Vaike-Kullamaa_(Vaikna)_vallavalitsus, lk 26
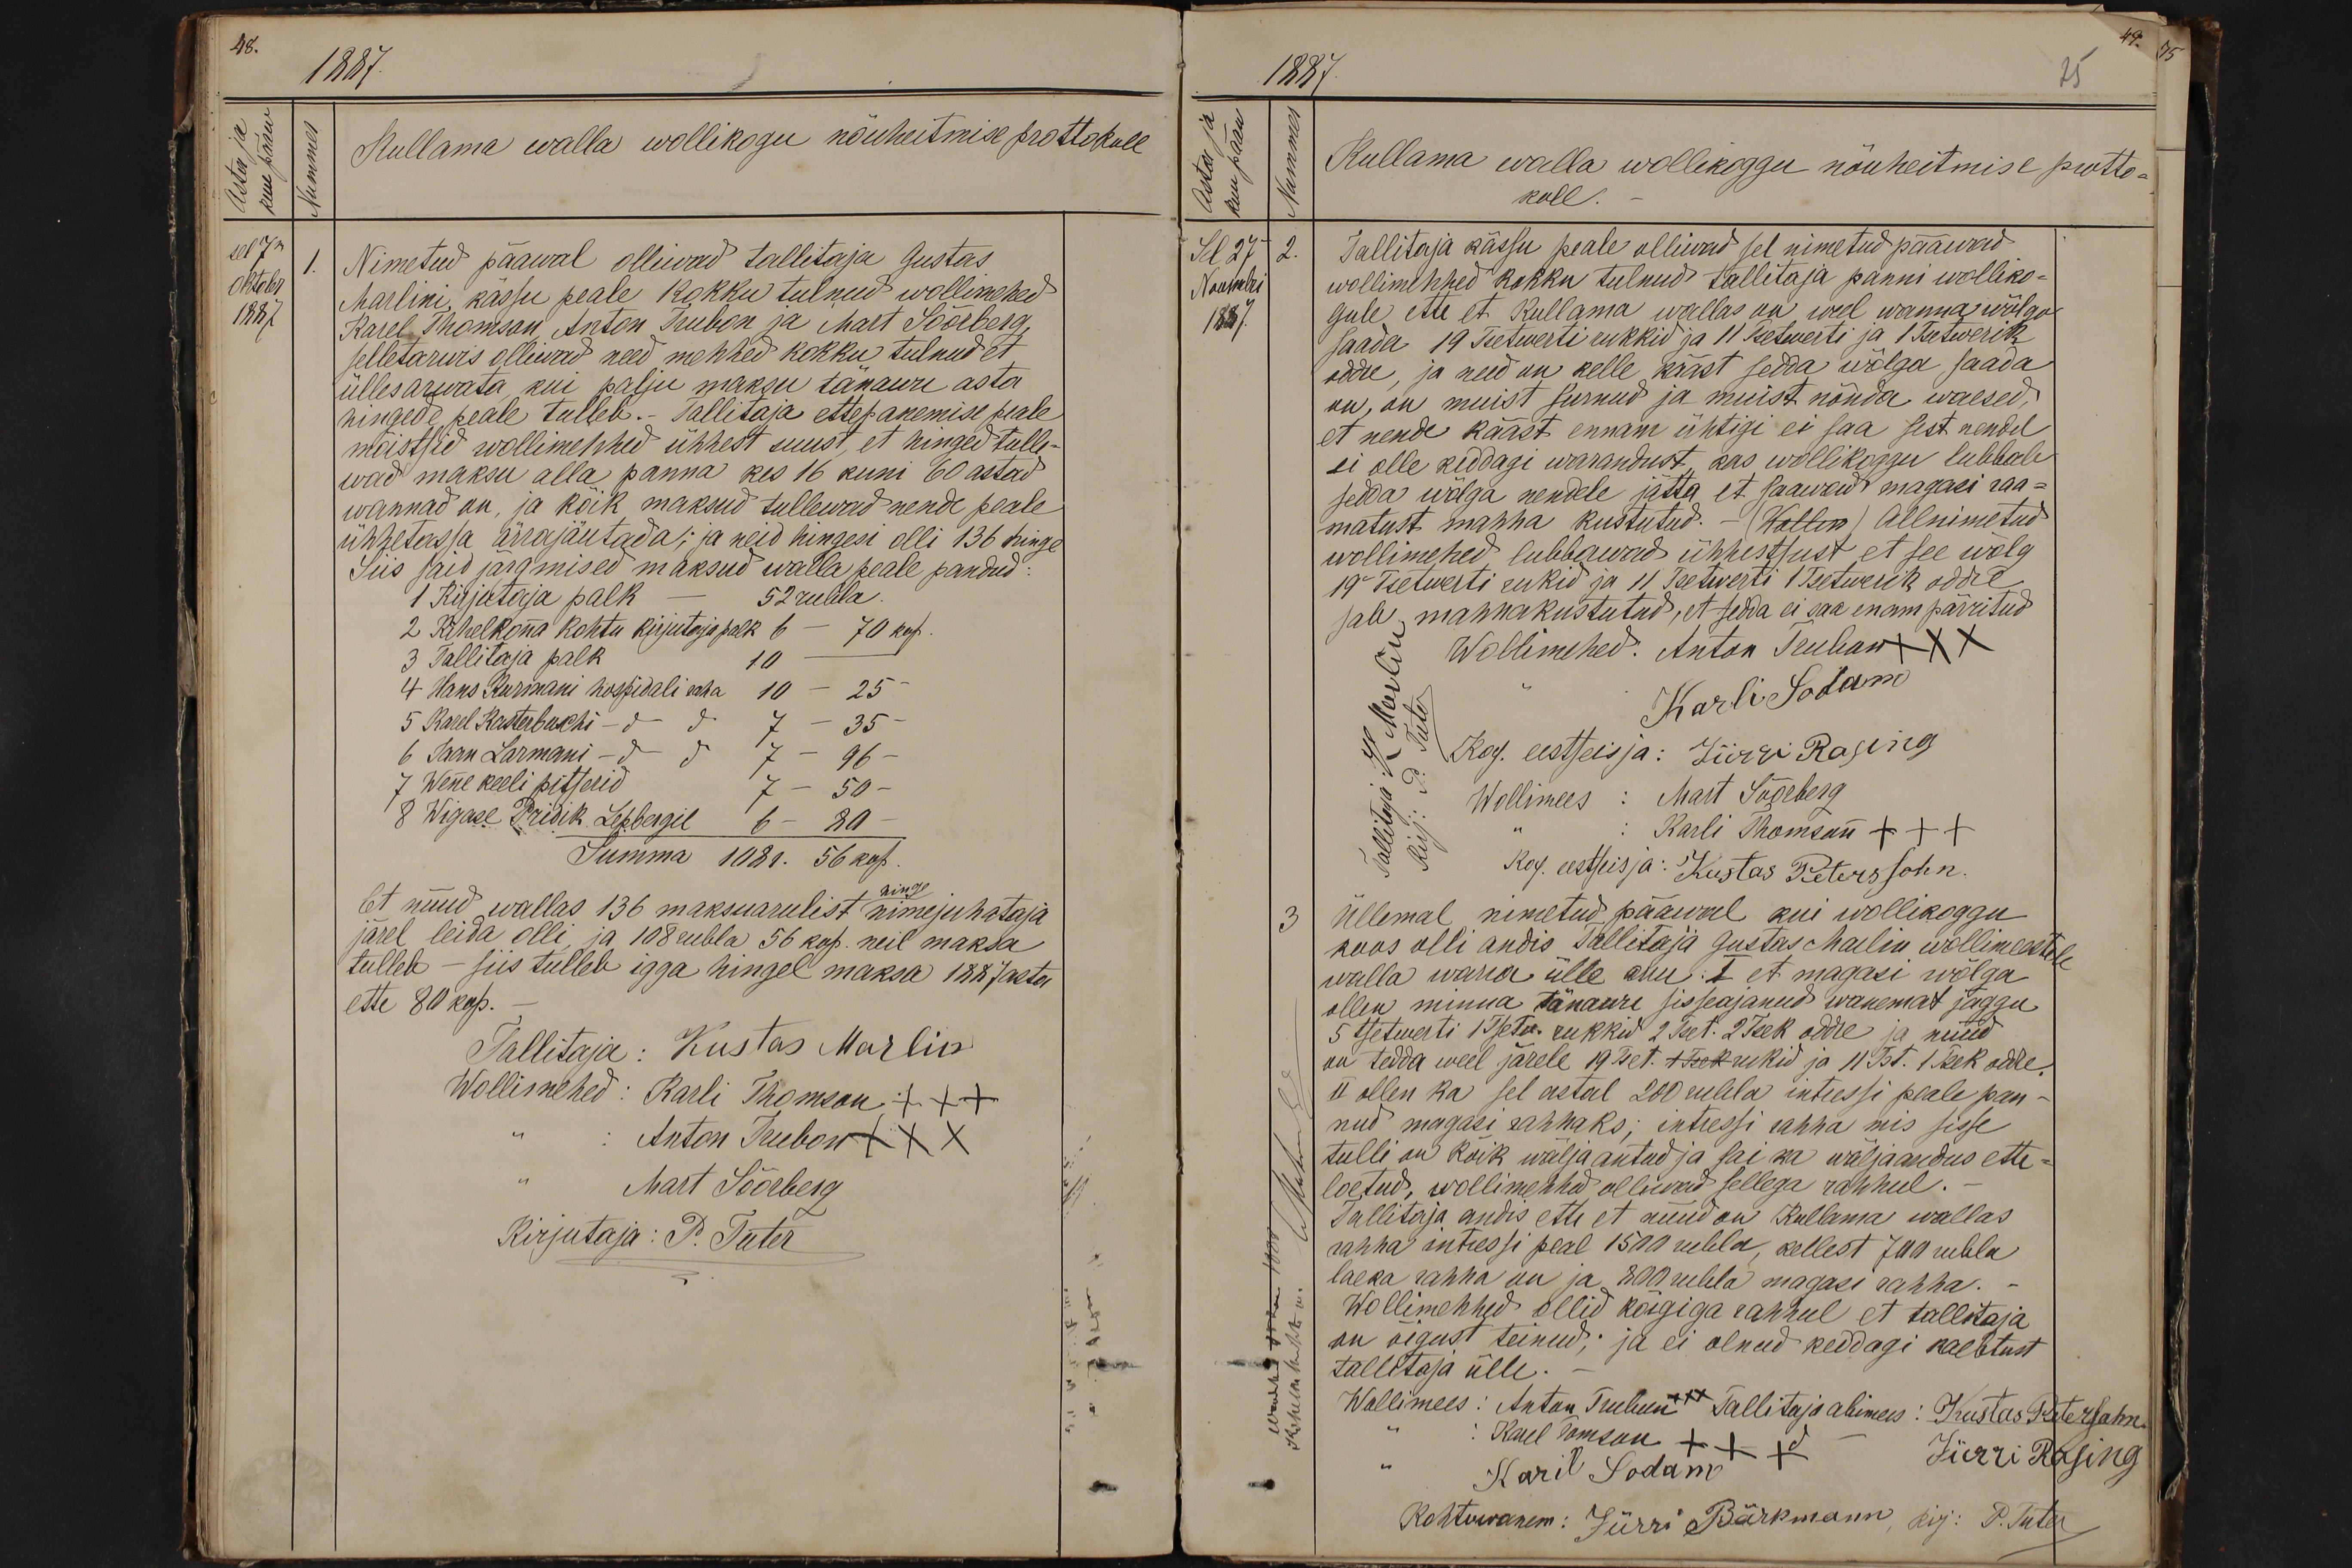
48.
1887.
Kullama walla wollikogu nöuheitmise prottokull
sel 7m
Nimetud pääwal olliwad tallitaja Gustas
Oktober
Marlini, kässu peale kokku tulnud wollimehed
1887
Karel Thomson, Anton Trubon ja Mart Söörberg,
selletarwis olliwad need mehhed kokku tulnud et
üllesarwata kui palju maksu tänauri asta
Hingede peale tulleb.- Tallitaja ettepanemise peale
mõistsid wollimehhed ühhest suust, et hinged tulle-
wad maksu alla panna kes 16 kuni 60 astad
wannad on, ja kõik maksud tullewad nende peale
ühhetassa ärrajäutada; ja neid hingesi olli 136 hinge
Siis said järgmised maksud walla peale pandud
1 Kijutaja palk - 52 rubla.
2 Kihelkona kohtu kirjutaja palk 6 - 70 kop.
3 Tallitaja palk 10 -
4 Hans Kurmani hospidali raha 10 - 25
5 Karel Kasterbuchi - do do 7 - 35
6 Jaan Larnani - do do 7 - 96 -
7 Wene keeli pitserid 7 - 50
8 Wigase Priidik Lepbergil 6 - 89 -
Summa 1081. 56 kop.
Et nüüd wallas 136 maksuarulist nimejuhataja
hinge
järel leida olli, ja 108 rubla 56 kop. neil maksa
tulleb - siis tulleb igga hingel maksa 1887 asta
ette 80 kop.
Tallitaja: Kustas Marlin
Wollimehed: Karli Thomson +++
Anton Trubon XXX
Mart Söörberg
Kirjutaja: P. Tuter

1887.
Kullama walla wollikoggo nõuheitmise protto-
koll.
Sel 27
2.
Tallitaja kässu peale olliwad sel nimetud pääwal
Novembri
wollimehhed kokku tulnud tallitaja panni wolliko-
1887.
gule ette et Kullama wallas on weel wanna wölga
saada 19 Tsetwerti rukkid ja 11 Tsetwerti ja 1 Tsetwerik
oddre, ja need on kelle kääst sedda wõlga saada
on, on muist surnud ja muist nõnda waesed,
et nende kääst ennam ühtigi ei saa sest nendel
ei olle keddagi warandust, kas wollikoggo lubbab
sedda wõlga nendele jätta et saawad magasi raa-
matust mahha kustutud. - (Wollim) Allnimetud
wollimehed lubbawad ühhestsust et see wölg
19" Tsetwerti rukid ja 11 Tsetwerti 1 Tsetwerik oddre
jab mahhakustutud, et sedda ei saa enam pärritud
Wollimehed: Anton Truban XXX
Karli Soda,
Kog. eestseisja: Jürri Rasing
Wollimees: Mart Söörberg
Karli Thomson XXX
Kop. eestseisja: Kustas Petersohn
3.
Üllemal nimetud pääwal kui wollikogu
koos olli andis Tallitaja Gustas Marlin wollimeestele
walla warra ülle aru: I et magasi wõlga
ollen minna tänawu sisseajanud wanemat jaggu
5 tsetwerti 1 Tsetw. rukkid 2 Tset. 2 Tset oddre ja nüüd
on tedda weel järele 19 Tset. 1 tset rukid ja 11.Tst. 1 Tset odre,
II ollen ka sel astal 200 rubla intressi peale pan-
nud magasi rahhaks; intressi rahha mis sisse
tulli on kõik wäljaantud ja sai ka wäljaandus ette-
loetud, wollimehhed olliwad sellega rahhul.
Tallitaja andis ette et nüüd on Kullama wallas
rahha intressi peal 150 rubla, kellest 700 rubla
laeka rahha on ja 800 rubla magasi rahha.
Wollimehhed ollid kõigiga rahhul et tallitaja
on õigust teinud; ja ei olnud keedagi kaebtust
tallitaja ülle.
Wollimees: Anton Trubun xxx Tallitaja abimees : Kustas Petersahn
Karl Tomson +++
Karil Sodam
Jürri Rasing
Kohtuvanem: Jürri Bärkmann, kirj: P. Tuter

75